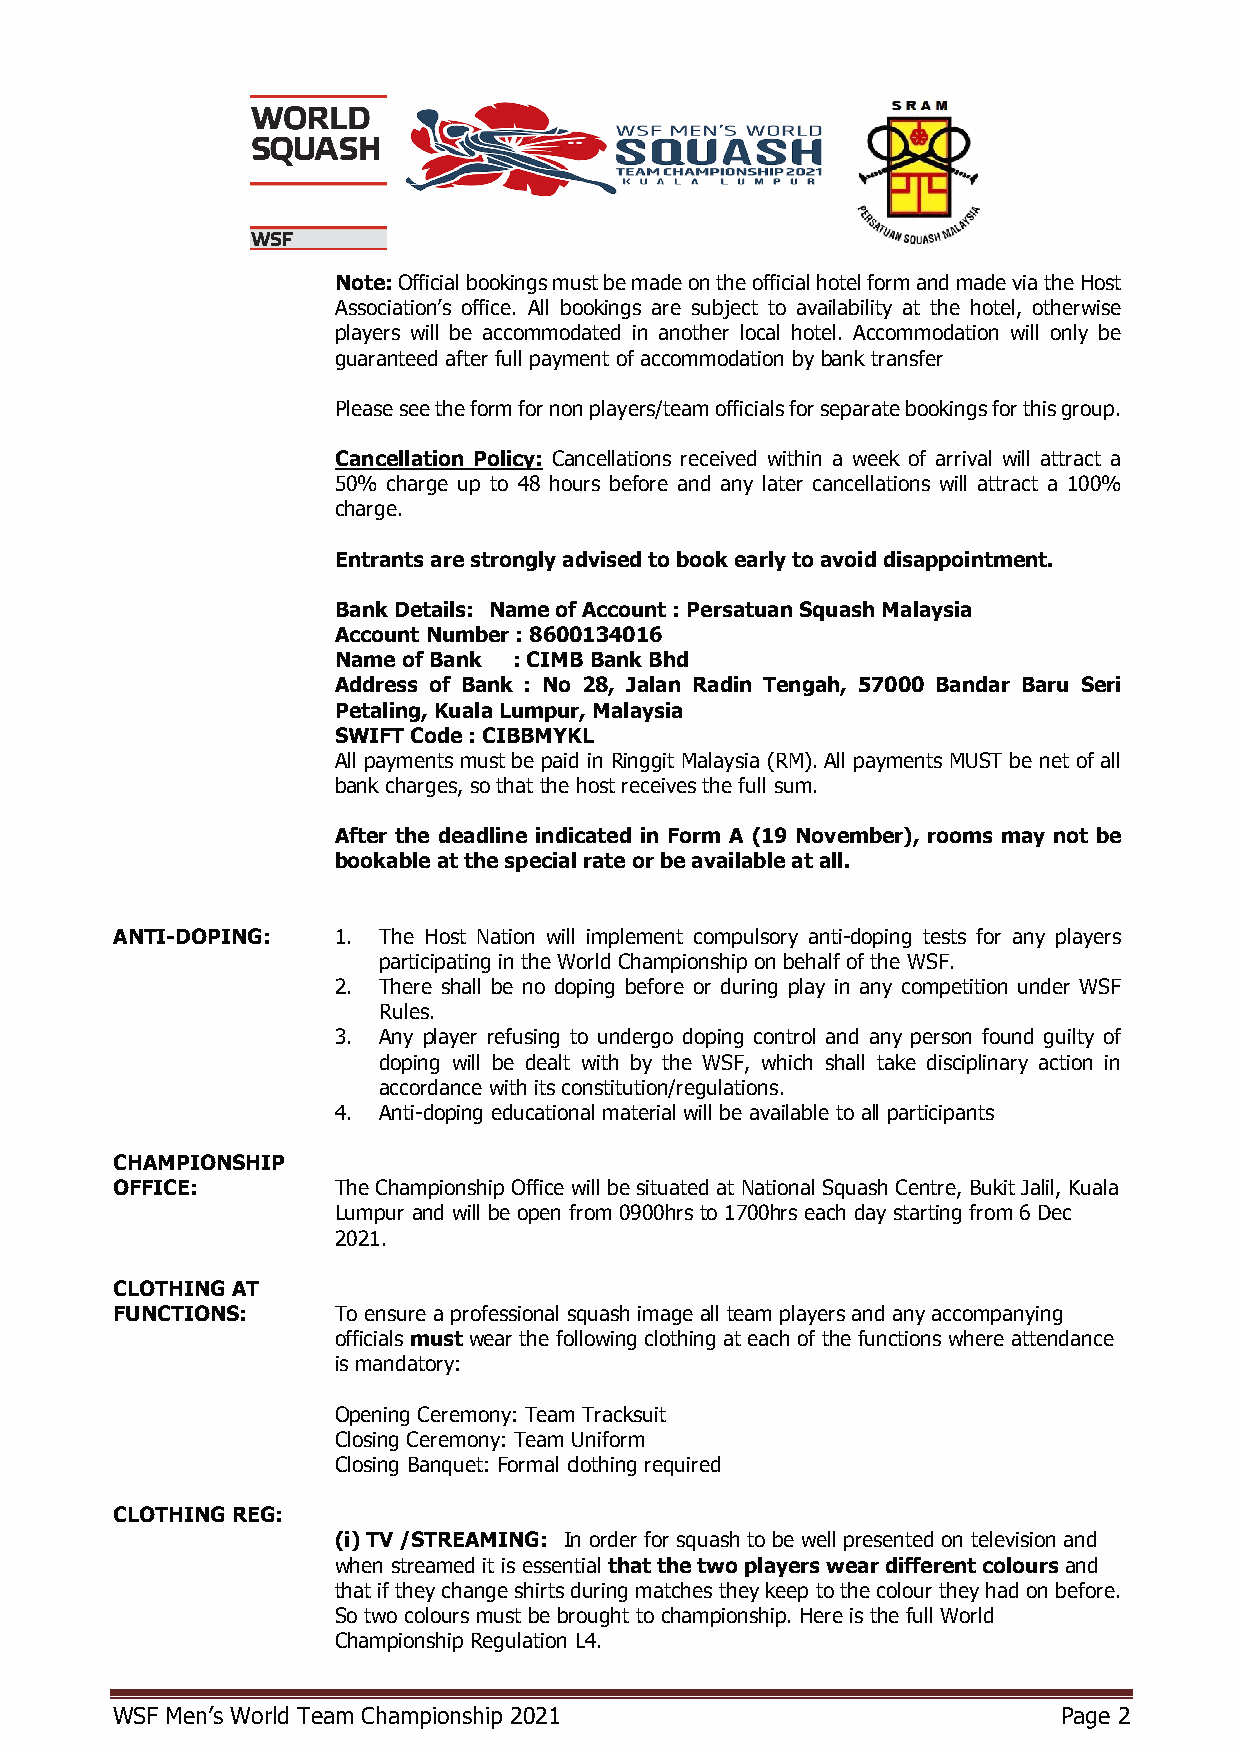
Note: Official bookings must be made on the official hotel form and made via the Host
 Association’s office. All bookings are subject to availability at the hotel, otherwise
 players will be accommodated in another local hotel. Accommodation will only be
 guaranteed after full payment of accommodation by bank transfer
 Please see the form for non players/team officials for separate bookings for this group.
 Cancellation Policy: Cancellations received within a week of arrival will attract a
 50% charge up to 48 hours before and any later cancellations will attract a 100%
 charge.
 Entrants are strongly advised to book early to avoid disappointment.
 Bank Details: Name of Account : Persatuan Squash Malaysia
 Account Number : 8600134016
 Name of Bank : CIMB Bank Bhd
 Address of Bank : No 28, Jalan Radin Tengah, 57000 Bandar Baru Seri
 Petaling, Kuala Lumpur, Malaysia
 SWIFT Code : CIBBMYKL
 All payments must be paid in Ringgit Malaysia (RM). All payments MUST be net of all
 bank charges, so that the host receives the full sum.
 After the deadline indicated in Form A (19 November), rooms may not be
 bookable at the special rate or be available at all.
 ANTI-DOPING:   1. The Host Nation will implement compulsory anti-doping tests for any players
 participating in the World Championship on behalf of the WSF.
 2. There shall be no doping before or during play in any competition under WSF
 Rules.
 3. Any player refusing to undergo doping control and any person found guilty of
 doping will be dealt with by the WSF, which shall take disciplinary action in
 accordance with its constitution/regulations.
 4. Anti-doping educational material will be available to all participants
 CHAMPIONSHIP
 OFFICE:        The Championship Office will be situated at National Squash Centre, Bukit Jalil, Kuala
 Lumpur and will be open from 0900hrs to 1700hrs each day starting from 6 Dec
 2021.
 CLOTHING AT
 FUNCTIONS:     To ensure a professional squash image all team players and any accompanying
 officials must wear the following clothing at each of the functions where attendance
 is mandatory:
 Opening Ceremony: Team Tracksuit
 Closing Ceremony: Team Uniform
 Closing Banquet: Formal clothing required
 CLOTHING REG:
 (i) TV /STREAMING: In order for squash to be well presented on television and
 when streamed it is essential that the two players wear different colours and
 that if they change shirts during matches they keep to the colour they had on before.
 So two colours must be brought to championship. Here is the full World
 Championship Regulation L4.
 WSF Men’s World Team Championship 2021                         Page 2